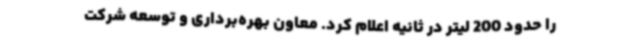
را حدود 200 لیتر در ثانیه اعلام کرد. معاون بهره‌برداری و توسعه شرکت